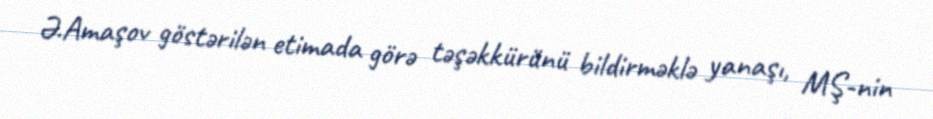
Ə.Amaşov göstərilən etimada görə təşəkkürünü bildirməklə yanaşı, MŞ-nin